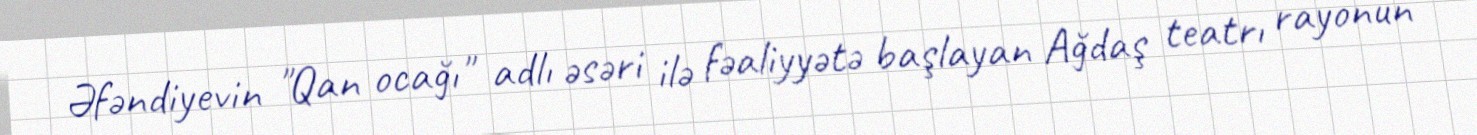
Əfəndiyevin "Qan ocağı" adlı əsəri ilə fəaliyyətə başlayan Ağdaş teatrı rayonun